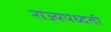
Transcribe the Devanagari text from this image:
राज्यपध्दती